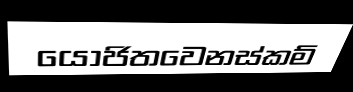
යෝජිතවෙනස්කම්